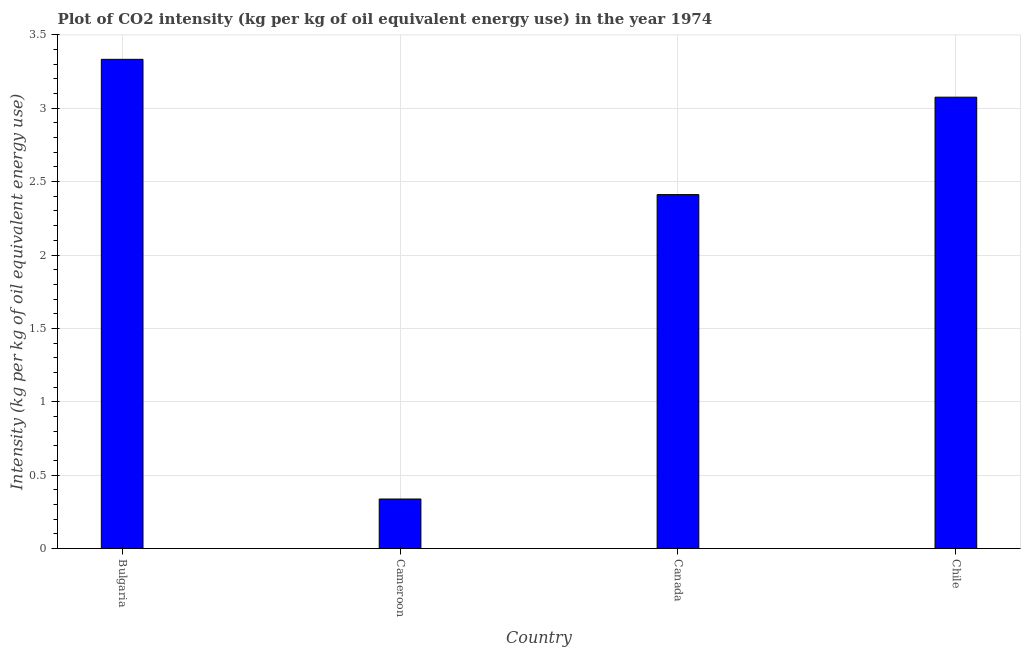
| Country | CO2 intensity |
 | --- | --- |
 | Bulgaria | 3.33 |
 | Cameroon | 0.337 |
 | Canada | 2.41 |
 | Chile | 3.08 |